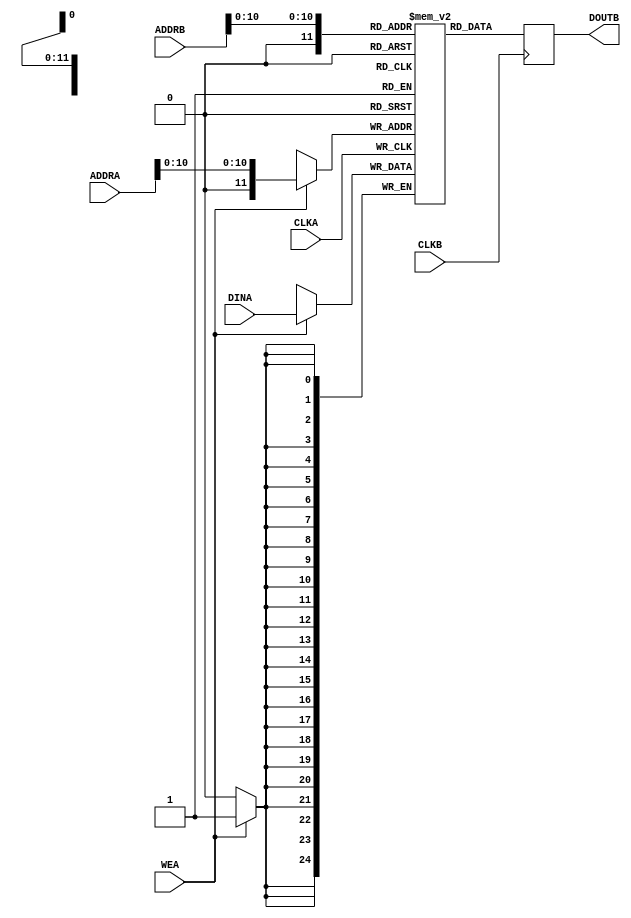
/*
 * Copyright (C)2006-2019 AQUAXIS TECHNOLOGY.
 *  Don't remove this header. 
 * When you use this source, there is a need to inherit this header.
 *
 * License: MIT License
 *
 * For further information please contact.
 *	URI:    http://www.aquaxis.com/
 */
module aq_ram25x16 (
	input			CLKA,
	input			WEA,
	input [15:0]	ADDRA,
	input [24:0]	DINA,
	
	input			CLKB,
	input [15:0]	ADDRB,
	output [24:0]	DOUTB
);

reg [24:0]	array [0:2048];

always @( posedge CLKA ) begin
	if( WEA ) begin
		array[ ADDRA[10:0] ] = DINA[24:0];
	end
end

reg [24:0] data;
always @( posedge CLKB ) begin
	data[24:0]	= array[ ADDRB[10:0] ];
end

assign DOUTB[24:0] = data[24:0];

endmodule